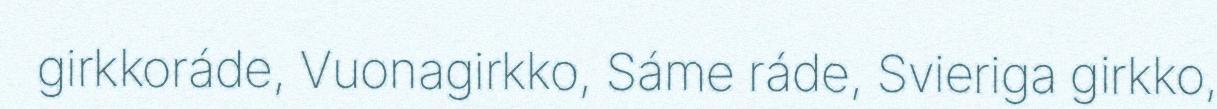
girkkoráde, Vuonagirkko, Sáme ráde, Svieriga girkko,